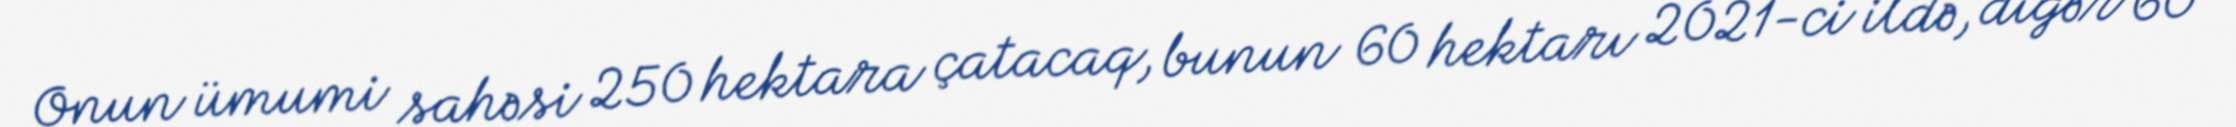
Onun ümumi sahəsi 250 hektara çatacaq, bunun 60 hektarı 2021-ci ildə, digər 60